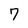
Character: 7